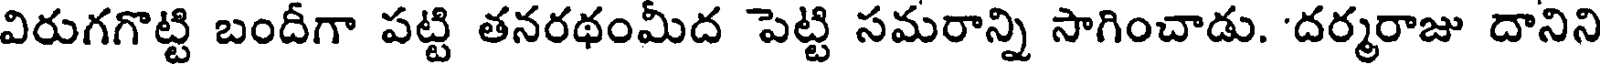
విరుగగొట్టి బందీగా పట్టి తనరథంమీద పెట్టి సమరాన్ని సాగించాడు. 'దర్మరాజు దానిని